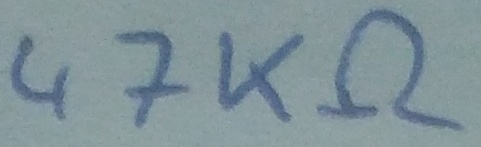
Text: 47KΩ